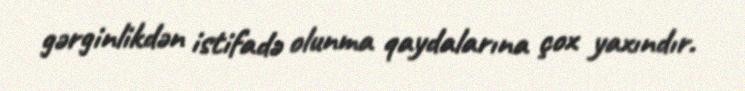
gərginlikdən istifadə olunma qaydalarına çox yaxındır.